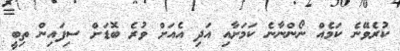
ކުރެވޭނެ ކަމެއް ނޯންނާނެ ކަމަށާއި އަދި އެއަށް ވުރެ ބޮޑަށް ސިފައިން ތިބީ